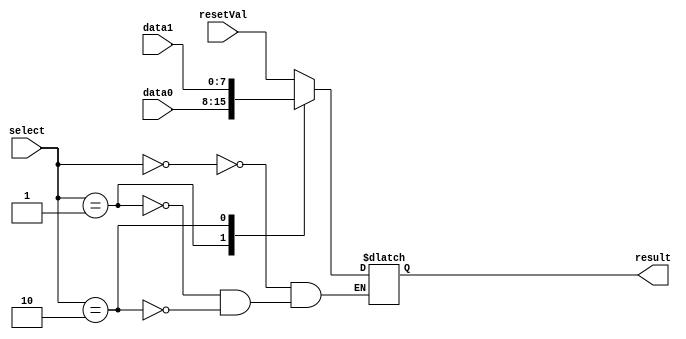
`timescale 1ns / 1ps
//////////////////////////////////////////////////////////////////////////////////
// Company: 
// Engineer: 
// 
// Design Name: 
// Module Name: channelMultiplexer
// Project Name: 
// Target Devices: 
// Tool Versions: 
// Description: 
// 
// Dependencies: 
// 
// Revision:
// Revision 0.01 - File Created
// Additional Comments:
// 
//////////////////////////////////////////////////////////////////////////////////


module ChaMultiplexer(
    input [7:0]resetVal,
    input [7:0]data0,
    input [7:0]data1,
    input [3:0]select,
    output reg [7:0] result
    );
    
    always @( resetVal or data0 or data1 or select )begin
        case( select )
            0 : result = resetVal;
            1 : result = data0;
            2 : result = data1;
        endcase
    end
endmodule